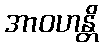
အာဝဟန္တိ